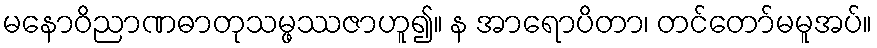
မနောဝိညာဏဓာတုသမ္ဖဿဇာဟူ၍။ န အာရောပိတာ၊ တင်တော်မမူအပ်။